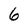
Character: 6